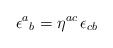
\begin{align*}\epsilon ^{a}{}_{b}=\eta ^{ac}\, \epsilon _{cb}\end{align*}